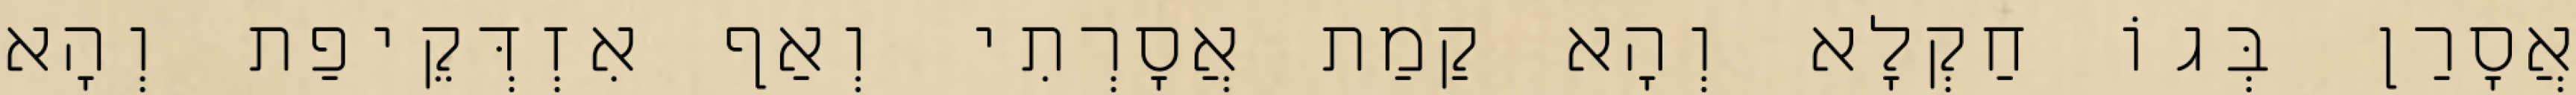
אֲסָרַן בְּגוֹ חַקְלָא וְהָא קַמַת אֲסָרְתִי וְאַף אִזְדְּקֵיפַת וְהָא